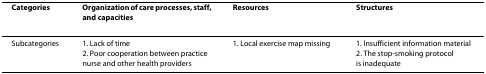
| Categories | Organization of care processes, staff, and capacities | Resources | Structures |
 | --- | --- | --- | --- |
 | Subcategories | 1. Lack of time2. Poor cooperation between practice nurse and other health providers | 1. Local exercise map missing | 1. Insufficient information material2. The stop-smoking protocol is inadequate |